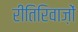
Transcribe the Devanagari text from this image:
रीतिरिवाज़ों